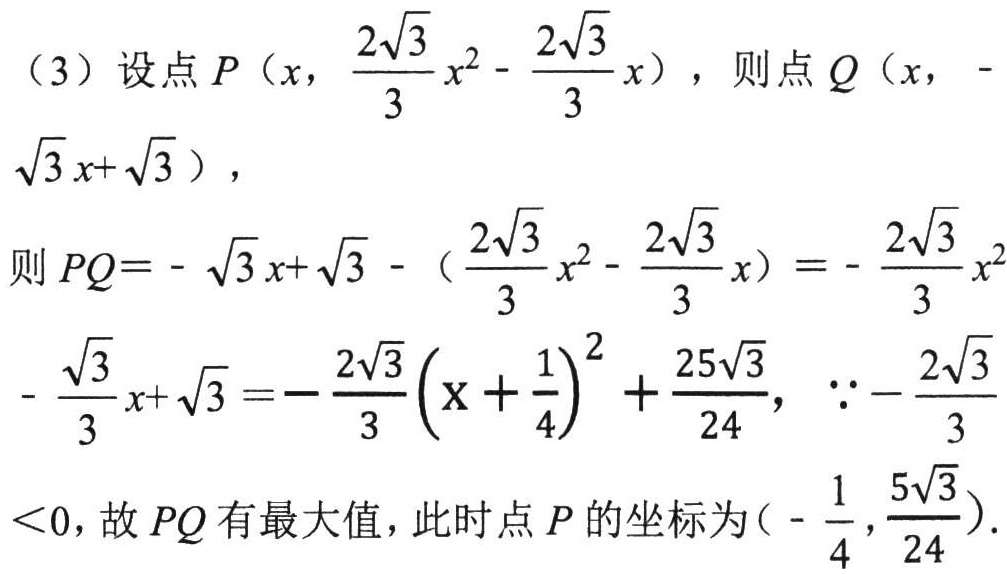
（3）设点\(P\left(x,\frac{2\sqrt{3}}{3}x^{2}-\frac{2\sqrt{3}}{3}x\right)\)，则点\(Q\left(x,-\sqrt{3}x + \sqrt{3}\right)\)，
则\(PQ=-\sqrt{3}x+\sqrt{3}-\left(\frac{2\sqrt{3}}{3}x^{2}-\frac{2\sqrt{3}}{3}x\right)=-\frac{2\sqrt{3}}{3}x^{2}-\frac{\sqrt{3}}{3}x+\sqrt{3}=-\frac{2\sqrt{3}}{3}\left(x+\frac{1}{4}\right)^{2}+\frac{25\sqrt{3}}{24}\)，\(\because-\frac{2\sqrt{3}}{3}<0\)，故\(PQ\)有最大值，此时点\(P\)的坐标为\(\left(-\frac{1}{4},\frac{5\sqrt{3}}{24}\right)\)。